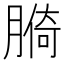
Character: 𦟑